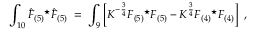
\int _ { 1 0 } \hat { F } _ { ( 5 ) } { } ^ { \star } \hat { F } _ { ( 5 ) } \; = \; \int _ { 9 } \left[ K ^ { - \frac { 3 } { 4 } } F _ { ( 5 ) } { } ^ { \star } F _ { ( 5 ) } - K ^ { \frac { 3 } { 4 } } F _ { ( 4 ) } { } ^ { \star } F _ { ( 4 ) } \right] \; ,